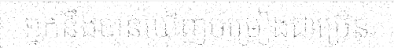
អ្នកនឹងបានឃើញចម្រៀងជាច្រើន